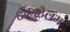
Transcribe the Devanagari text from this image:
टंग्युटैलम